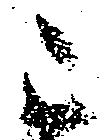
不